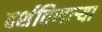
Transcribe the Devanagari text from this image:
दर्शविणार्‍या